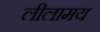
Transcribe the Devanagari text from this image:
लीलामय